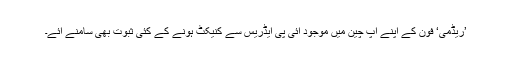
’ریڈمی‘ فون کے اپنے آپ چین میں موجود آئی پی ایڈریس سے کنیکٹ ہونے کے کئی ثبوت بھی سامنے آئے۔